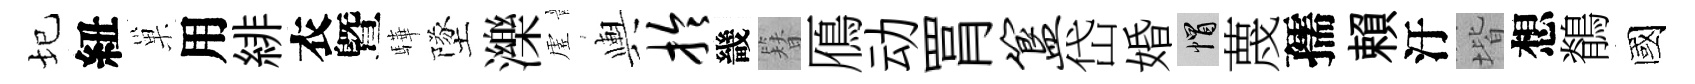
圮紐巢用緋衣曁驊墜濼虗輿拎畿簪鴈动罥簋岱婚帽蔑孺賴汙堦想鶺國